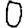
Digit: 0